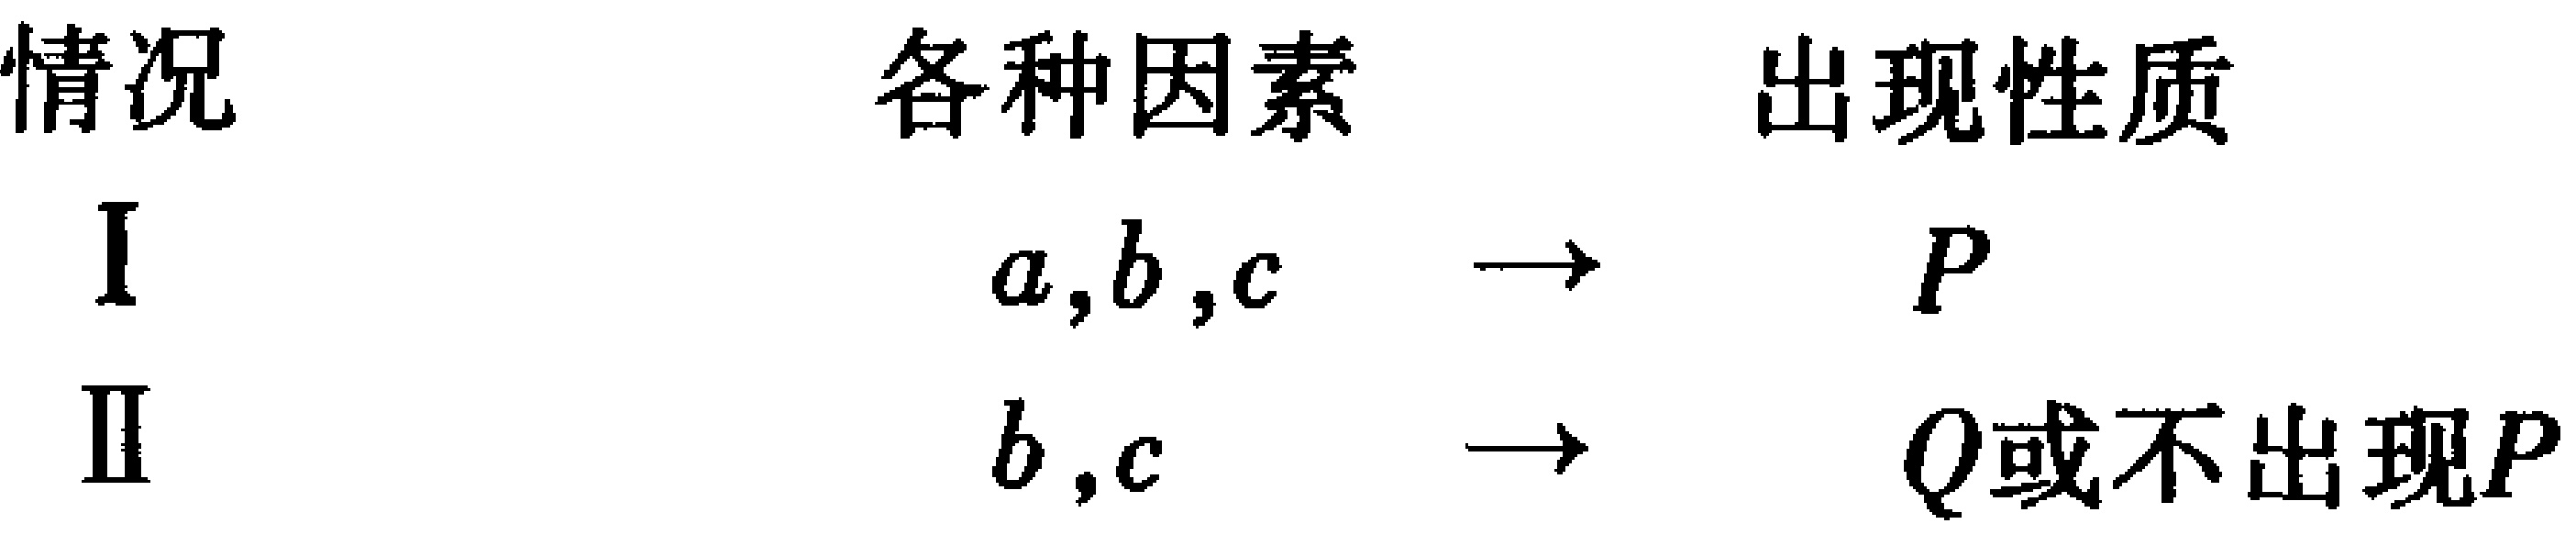
\begin{tabular}{ccc}

情况 & 各种因素 & 出现性质 \\

I & $a,b,c$ & $\to$ $P$ \\

II & $b,c$ & $\to$ $Q或不出现P$

\end{tabular}